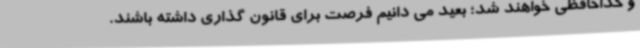
و خداحافظی خواهند شد؛ بعید می دانیم فرصت برای قانون گذاری داشته باشند.